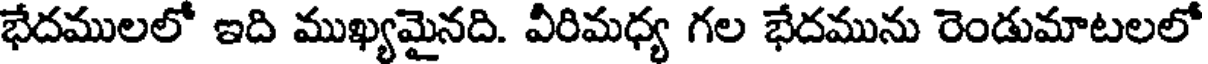
భేదములలో ఇది ముఖ్యమైనది. వీరిమధ్య గల భేదమును రెండుమాటలలో